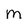
Character: M